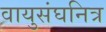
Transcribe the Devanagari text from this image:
वायुसंघनित्र